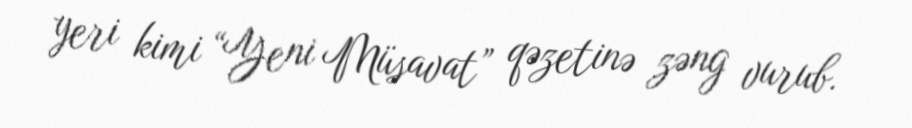
yeri kimi “Yeni Müsavat” qəzetinə zəng vurub.